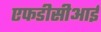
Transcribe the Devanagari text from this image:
एफडीसीआई